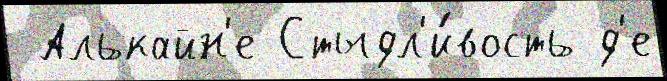
 Алькайн'е Стыдл'и́вость д'е